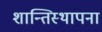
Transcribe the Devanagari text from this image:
शान्तिस्थापना